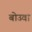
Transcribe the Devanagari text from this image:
बोउवा